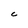
Character: c